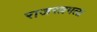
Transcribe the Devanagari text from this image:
राजरत्नमला